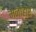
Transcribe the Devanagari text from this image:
मनोहार